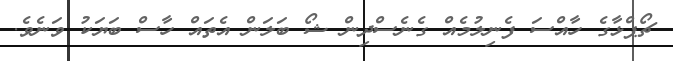
ޗޯޕްޅާގެ ހާއްސަ ފެނިލުމެއް ގެނެސްދިން ޝޯ ބަލަން އެތައް ހާސް ބަޔަކު ވަނެވެ.